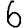
Digit: 6